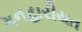
મનહારીયત